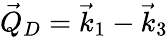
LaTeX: \vec{Q}_{D}=\vec{k}_{1}-\vec{k}_{3}